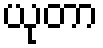
ယုတာ